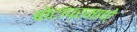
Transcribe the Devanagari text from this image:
बोटांप्रमाणे